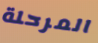
المرحلة